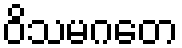
ဝိသမဂတေ